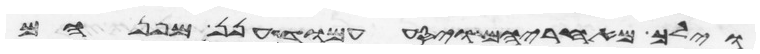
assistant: וילך מאחריהם ויסע עמוד הענן מפניהם